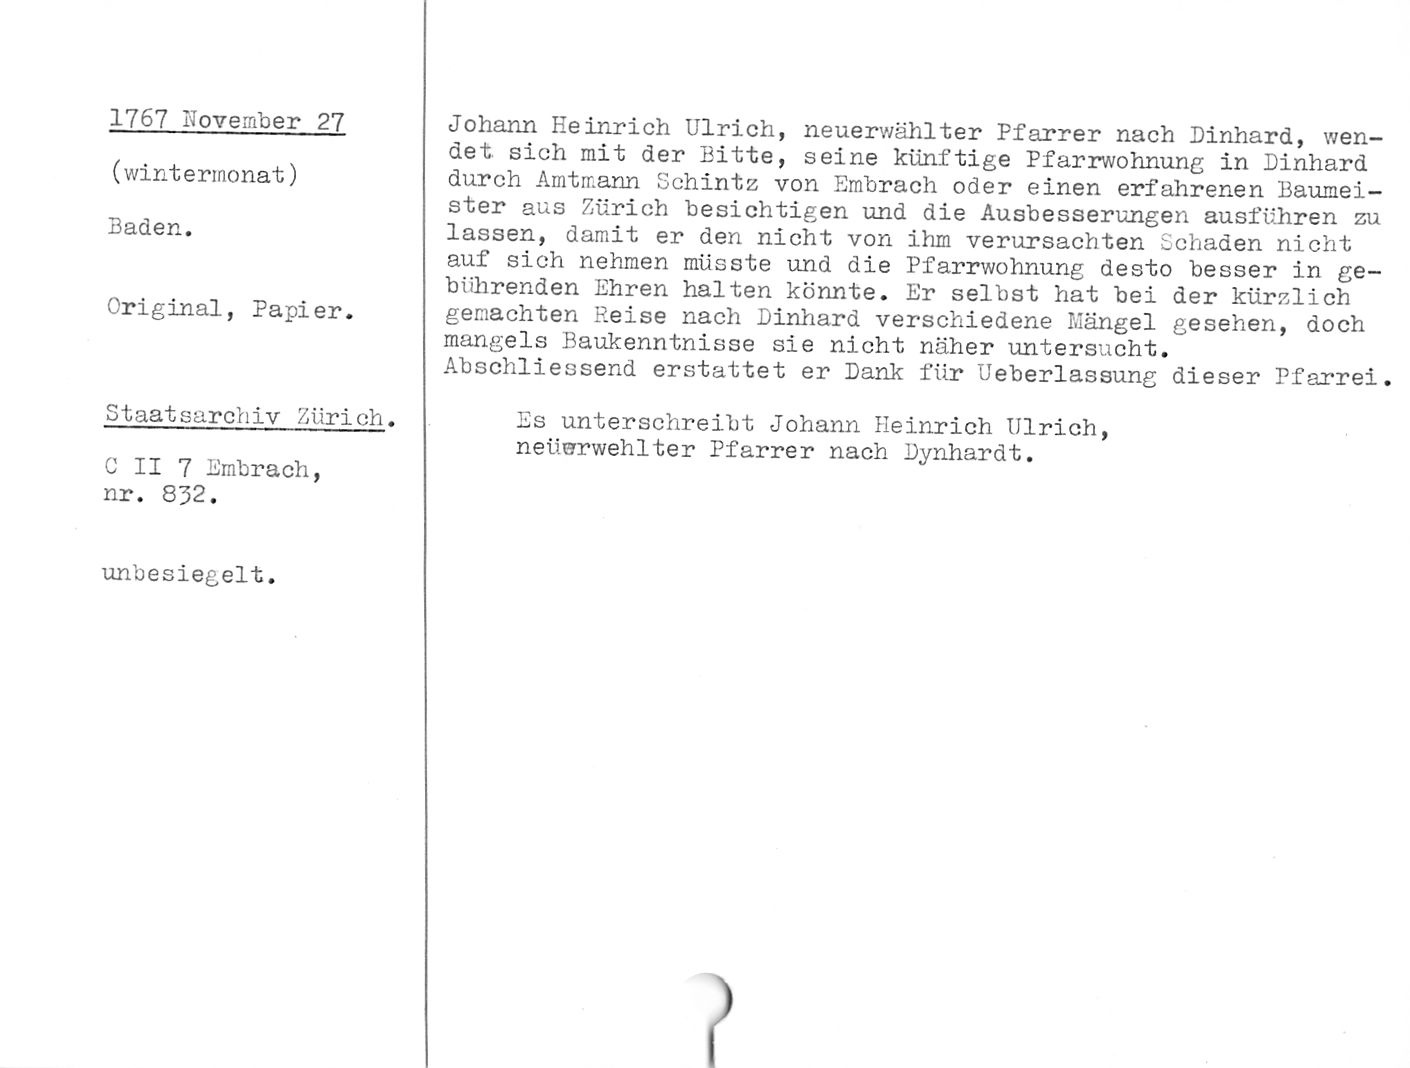
1767 November 27

(wintermonat)

Baden.

Original, Papier.

Staatsarchiv Zürich.

C II 7 Entbrach,
nr. 832.

unbesiegelt.

Johann Heinrich Ulrich, neuerwählter Pfarrer nach Einhard, wen¬
det sich mit der Bitte, seine künftige Pfarrwohnung in Einhard
durch Amtmann Schintz von Umbrach oder einen erfahrenen Baumei¬
ster aus Zürich besichtigen und die Ausbesserungen ausführen zu
lassen, damit er den nicht von ihm verursachten Schaden nicht
auf sich nehmen müsste und die Pfarrwohnung desto besser in ge¬
bührenden Ehren halten könnte. Er selbst hat bei der kürzlich
gemachten Reise nach Einhard verschiedene Mängel gesehen, doch
mangels Baukenntnisse sie nicht näher untersucht.

Abschliessend erstattet er Bank für Ueberlassung dieser Pfarrei.

Es unterschreibt Johann Heinrich Ulrich,

neüarwehlter Pfarrer nach Eynhardt.